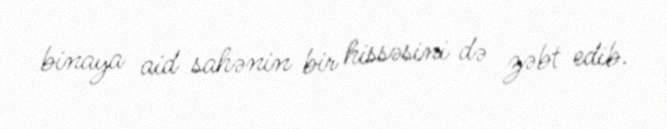
binaya aid sahənin bir hissəsini də zəbt edib.